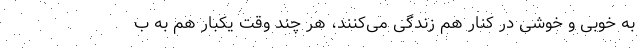
به خوبی و خوشی در کنار هم زندگی می‌کنند، هر چند وقت یکبار هم به ب